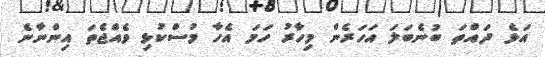
އަޅެ ދައްތަ ބުނެބަލަ އަހަރެން މިހާރު ހަމަ އެހާ މުސްކުޅި ވެއްޖެތަ އިންނާނެ